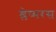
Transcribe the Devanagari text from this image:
श्लेष्मरस